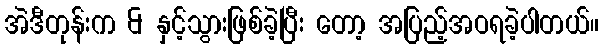
အဲဒီတုန်းက & နှင့်သွားဖြစ်ခဲ့ပြီး တော့ အပြည့်အဝရခဲ့ပါတယ်။